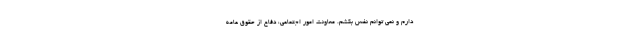
دارم و نمی توانم نفس بکشم. معاونت امور اجتماعی، دفاع از حقوق عامه